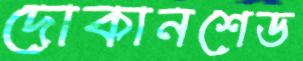
দোকানশেড